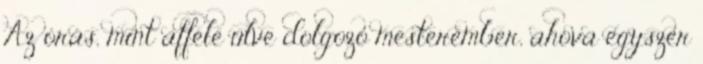
Az órás, mint afféle ülve dolgozó mesterember, ahova egyszer